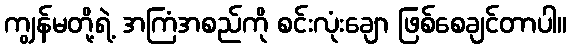
ကျွန်မတို့ရဲ့ အကြံအစည်ကို စင်းလုံးချော ဖြစ်စေချင်တာပါ။